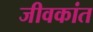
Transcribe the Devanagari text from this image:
जीवकांत